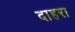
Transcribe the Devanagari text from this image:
दाहरा